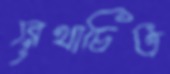
রেখাচিত্র